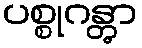
ပစ္စုဂန္တွာ